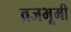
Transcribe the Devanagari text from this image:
व्रजभूमी